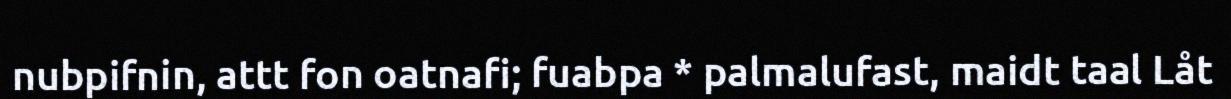
nubpifnin, attt fon oatnafi; fuabpa * palmalufast, maidt taal Låt